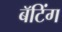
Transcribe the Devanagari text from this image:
बॅटिंग